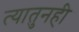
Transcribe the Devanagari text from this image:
त्यातुनही